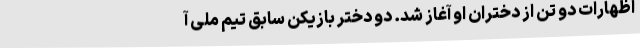
اظهارات دو تن از دختران او آغاز شد. دو دختر بازیکن سابق تیم ملی آ